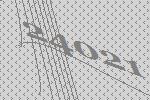
24021